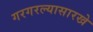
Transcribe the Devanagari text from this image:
गरगरल्यासारखे